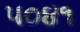
૫૦૪૧